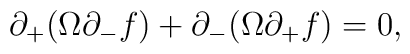
\partial_+ ( \Omega \partial_- f )+ \partial_- ( \Omega \partial_+ f ) = 0 ,